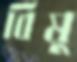
বিষু